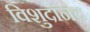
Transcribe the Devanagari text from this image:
विशुदानंद